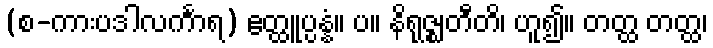
(စ-ကားပဒါလင်္ကာရ) ဧတ္ထူပ္ပန္နံ။ ပ။ နိရုဇ္ဈတီတိ၊ ဟူ၍။ တတ္ထ တတ္ထ၊